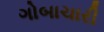
ગોબાચારી